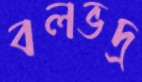
বলভদ্র